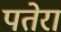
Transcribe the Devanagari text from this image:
पतेरा